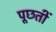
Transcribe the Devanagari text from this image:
पूछतीं